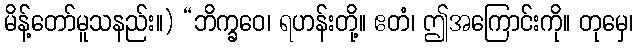
မိန့်တော်မူသနည်း။) “ဘိက္ခဝေ၊ ရဟန်းတို့။ ဧတံ၊ ဤအကြောင်းကို။ တုမှေ၊